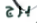
برج